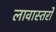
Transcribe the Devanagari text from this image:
लावास्तरोें